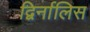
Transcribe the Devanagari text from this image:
द्विर्नालिस